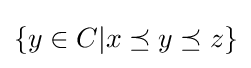
\{y\in C|x\preceq y\preceq z\}